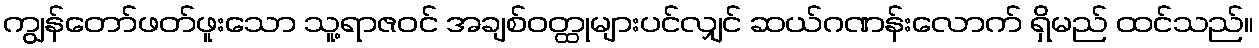
ကျွန်တော်ဖတ်ဖူးသော သူ့ရာဇဝင် အချစ်ဝတ္ထုများပင်လျှင် ဆယ်ဂဏန်းလောက် ရှိမည် ထင်သည်။